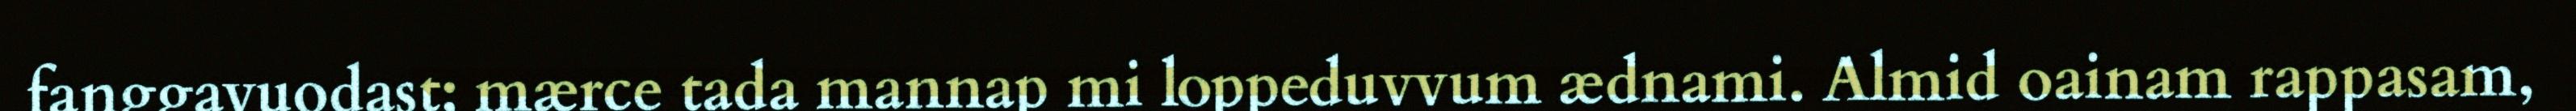
fanggavuodast; mærce tada mannap mi loppeduvvum ædnami. Almid oainam rappasam,